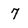
Character: 7